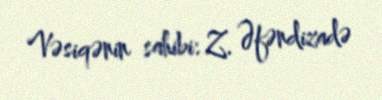
Vəsiqənin sahibi: Z. Əfəndizadə